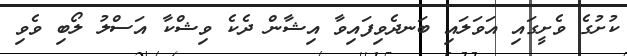
ކުށުގެ ވެށީގައި އަވަލައި ބަނދެވިފައިވާ އިޝާން ދެކެ ވިޝްކާ އަސްލު ލޯބި ވެވި